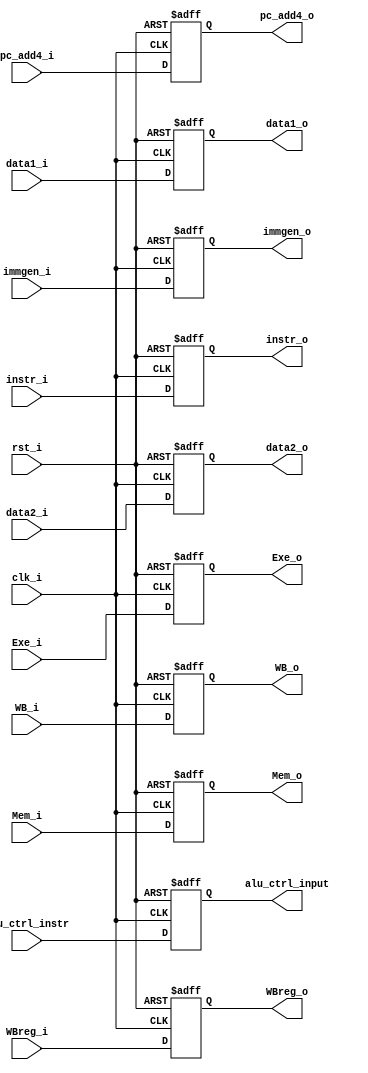
`timescale 1ns/1ps
module IDEXE_register (
    input clk_i,
    input rst_i,
    input [32-1:0] instr_i,
    input [2:0] WB_i,
    input [1:0] Mem_i,
    input [2:0] Exe_i,
    input [31:0] data1_i,
    input [31:0] data2_i,
    input [31:0] immgen_i,
    input [3:0] alu_ctrl_instr,
    input [4:0] WBreg_i,
    input [31:0] pc_add4_i,

    output reg [31:0] instr_o,
    output reg [2:0] WB_o,
    output reg [1:0] Mem_o,
    output reg [2:0] Exe_o,
    output reg [31:0] data1_o,
    output reg [31:0] data2_o,
    output reg [31:0] immgen_o,
    output reg [3:0] alu_ctrl_input,
    output reg [4:0] WBreg_o,
    output reg [31:0] pc_add4_o
);
/* Write your code HERE */
always @(posedge clk_i or negedge rst_i) begin
    if(!rst_i) begin
        instr_o <= 0;
        WB_o <= 0;
        Mem_o <= 0;
        Exe_o <= 0;
        data1_o <= 0;
        data2_o <= 0;
        immgen_o <= 0;
        alu_ctrl_input <= 0;
        WBreg_o <= 0;
        pc_add4_o <= 0;
    end else begin
        instr_o <= instr_i;
        WB_o <= WB_i;
        Mem_o <= Mem_i;
        Exe_o <= Exe_i;
        data1_o <= data1_i;
        data2_o <= data2_i;
        immgen_o <= immgen_i;
        alu_ctrl_input <= alu_ctrl_instr;
        WBreg_o <= WBreg_i;
        pc_add4_o <= pc_add4_i;
    end
end
endmodule